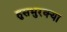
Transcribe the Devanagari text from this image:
हुसभुरक्या